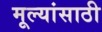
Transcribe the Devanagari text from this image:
मूल्यांसाठी